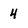
Character: 4